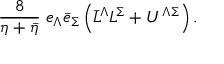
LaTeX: \frac { 8 } { \eta + \bar { \eta } } \; e _ { \Lambda } \bar { e } _ { \Sigma } \left( \bar { L } ^ { \Lambda } L ^ { \Sigma } + U ^ { \Lambda \Sigma } \right) .